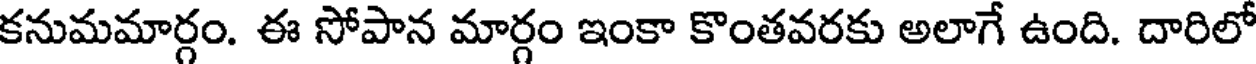
కనుమమార్గం. ఈ సోపాన మార్గం ఇంకా కొంతవరకు అలాగే ఉంది. దారిలో